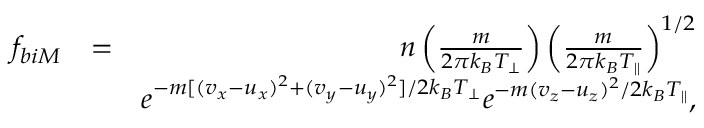
\begin{array} { r l r } { f _ { b i M } } & { = } & { n \left( \frac { m } { 2 \pi k _ { B } T _ { \perp } } \right) \left( \frac { m } { 2 \pi k _ { B } T _ { \parallel } } \right) ^ { 1 / 2 } } \\ & { } & { e ^ { - m [ ( v _ { x } - u _ { x } ) ^ { 2 } + ( v _ { y } - u _ { y } ) ^ { 2 } ] / 2 k _ { B } T _ { \perp } } e ^ { - m ( v _ { z } - u _ { z } ) ^ { 2 } / 2 k _ { B } T _ { \parallel } } , } \end{array}